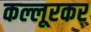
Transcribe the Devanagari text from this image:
कल्लूरकर